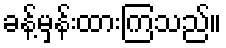
ခန့်မှန်းထားကြသည်။